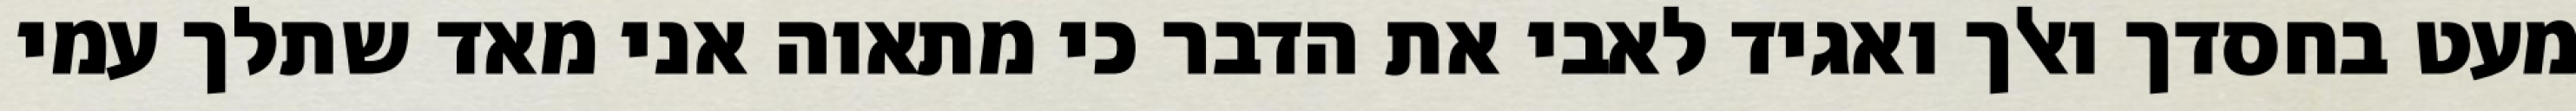
מעט בחסדך ואלך ואגיד לאבי את הדבר כי מתאוה אני מאד שתלך עמי